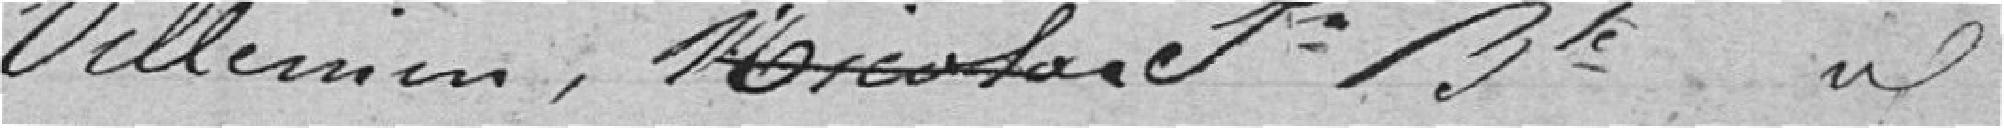
Villemin, Nicolas, Jean-Baptiste idem